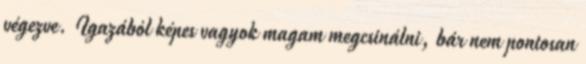
végezve. Igazából képes vagyok magam megcsinálni, bár nem pontosan